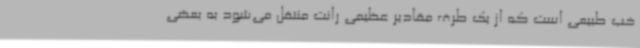
خب طبیعی است که از یک طرف مقادیر عظیمی رانت منتقل می‌شود به بعضی